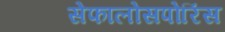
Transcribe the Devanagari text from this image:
सेफालोसपोरिंस